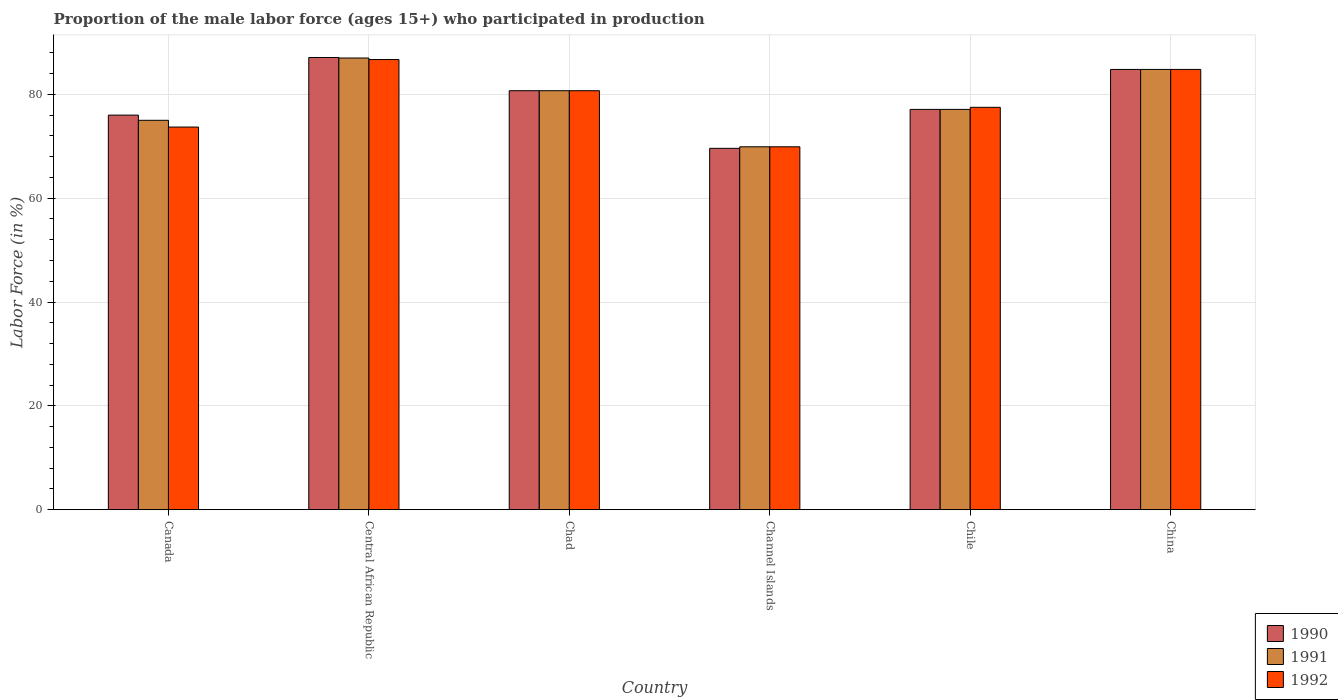
| Country | 1990 | 1991 | 1992 |
 | --- | --- | --- | --- |
 | Canada | 76 | 75 | 73.7 |
 | Central African Republic | 87.1 | 87 | 86.7 |
 | Chad | 80.7 | 80.7 | 80.7 |
 | Channel Islands | 69.6 | 69.9 | 69.9 |
 | Chile | 77.1 | 77.1 | 77.5 |
 | China | 84.8 | 84.8 | 84.8 |